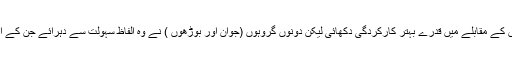
ان میں نوجوانوں نے بوڑھوں کے مقابلے میں قدرے بہتر کارکردگی دکھائی لیکن دونوں گروہوں (جوان اور بوڑھوں ) نے وہ الفاظ سہولت سے دہرائے جن کے انہوں نے خاکے بنائے تھے۔